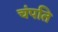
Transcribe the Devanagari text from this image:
चंपति